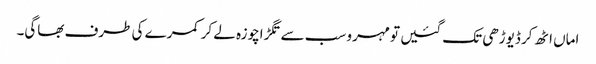
اماں اٹھ کر ڈیوڑھی تک گئیں تو مہرو سب سے تگڑاچوزہ لے کر کمرے کی طرف بھاگی۔